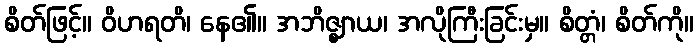
စိတ်ဖြင့်။ ဝိဟရတိ၊ နေ၏။ အဘိဇ္ဈာယ၊ အလိုကြီးခြင်းမှ။ စိတ္တံ၊ စိတ်ကို။